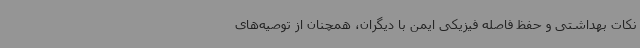
نکات بهداشتی و حفظ فاصله فیزیکی ایمن با دیگران، همچنان از توصیه‌های